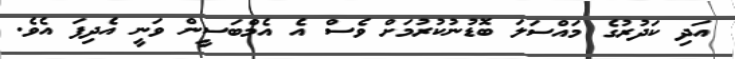
އަދި ކަދުރުގެ މައްސަލަ ބޮޑުނުކުރުމަށް ވެސް އެ އެމްބަސީން ވަނީ އެދިފަ އެވެ.